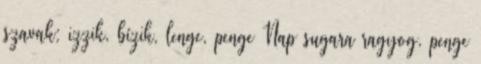
szavak: izzik, bízik, lenge, penge Nap sugara ragyog, penge